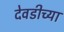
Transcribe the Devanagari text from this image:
देवडीच्या